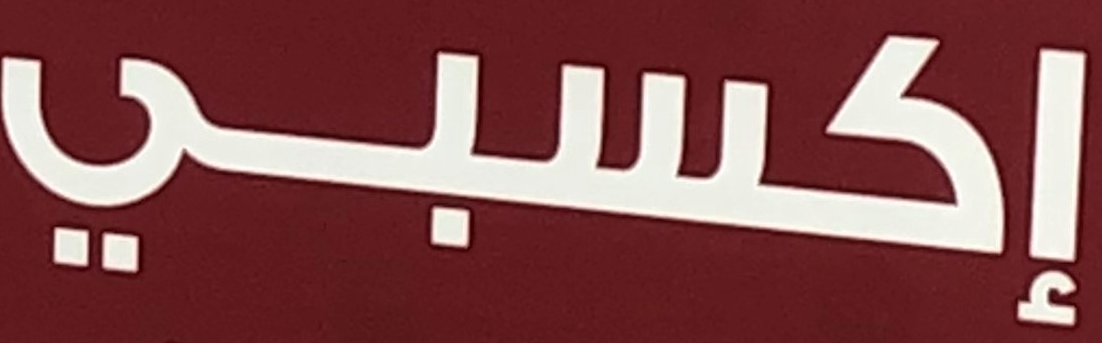
إكسبي